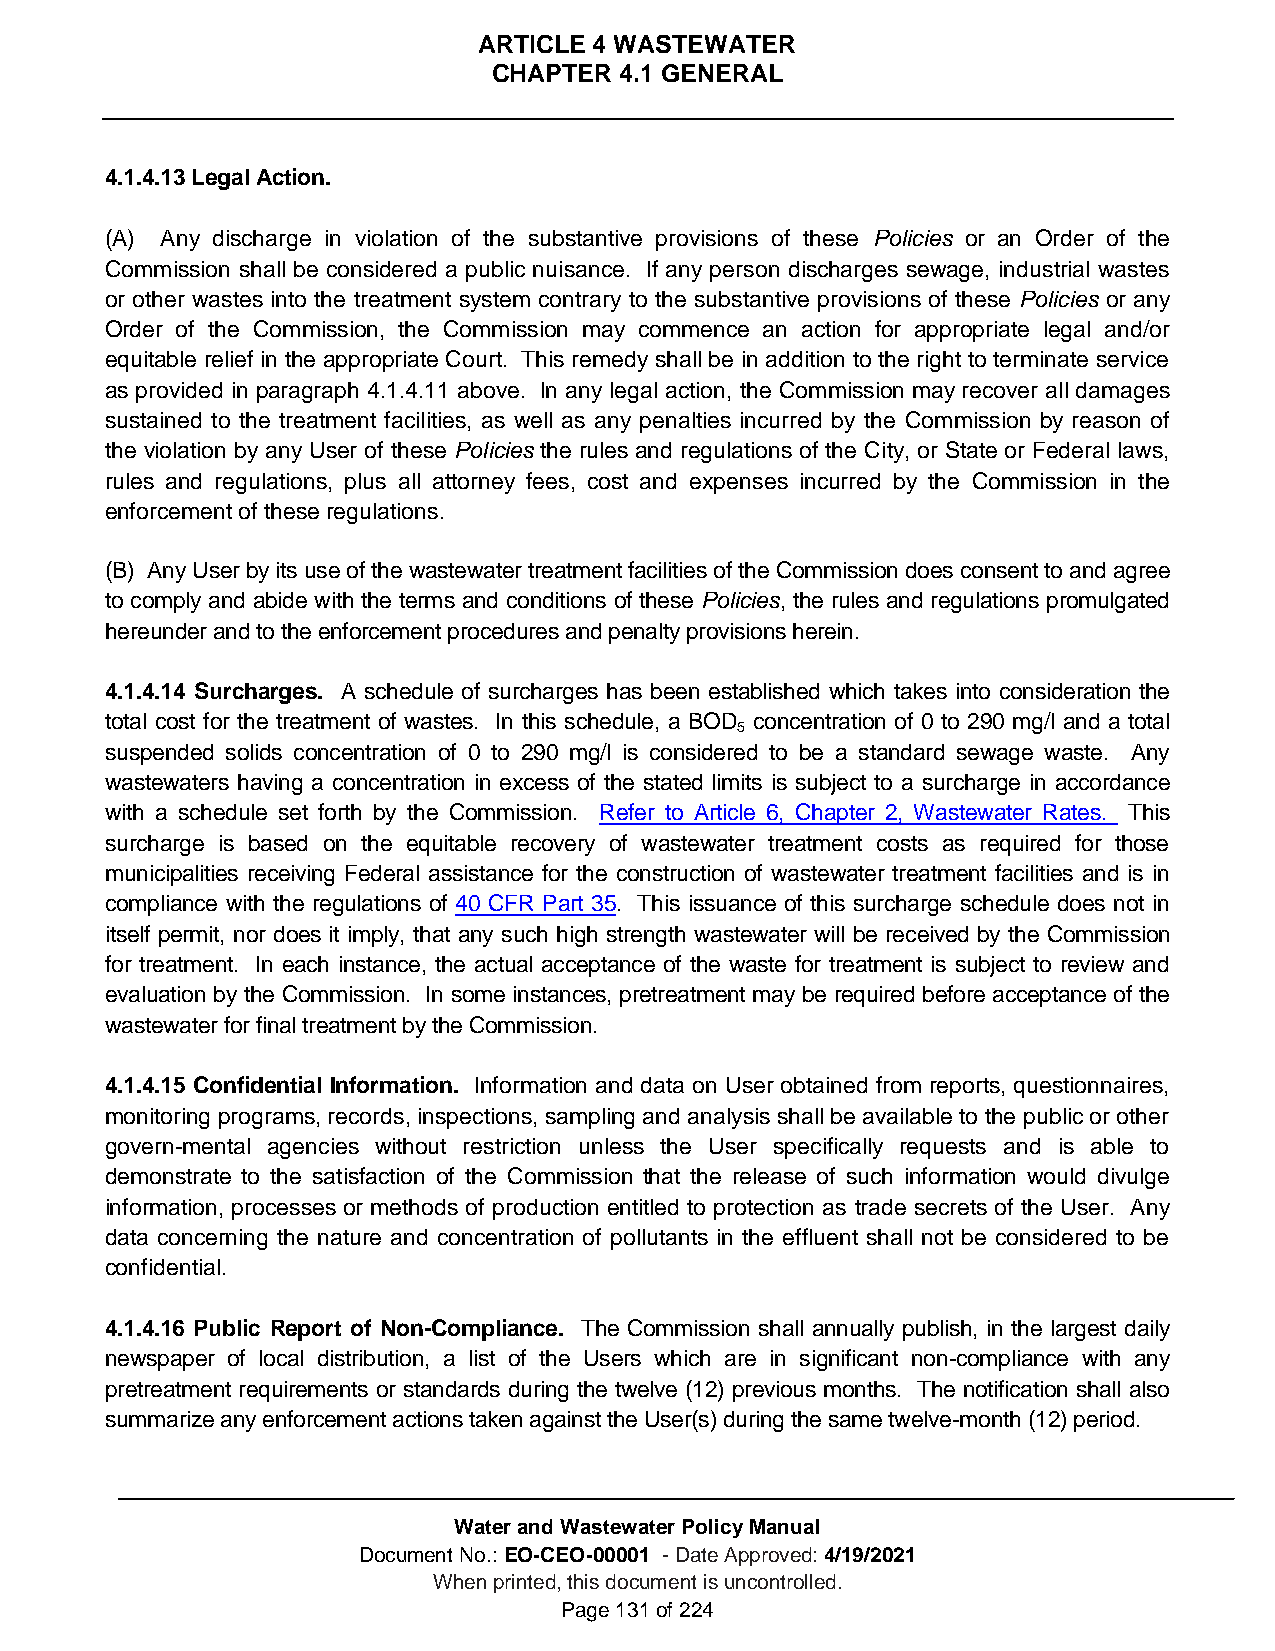
ARTICLE 4 WASTEWATER
 CHAPTER 4.1 GENERAL
 4.1.4.13 Legal Action.
 (A) Any discharge in violation of the substantive provisions of these Policies or an Order of the
 Commission shall be considered a public nuisance. If any person discharges sewage, industrial wastes
 or other wastes into the treatment system contrary to the substantive provisions of these Policies or any
 Order of the Commission, the Commission may commence an action for appropriate legal and/or
 equitable relief in the appropriate Court. This remedy shall be in addition to the right to terminate service
 as provided in paragraph 4.1.4.11 above. In any legal action, the Commission may recover all damages
 sustained to the treatment facilities, as well as any penalties incurred by the Commission by reason of
 the violation by any User of these Policies the rules and regulations of the City, or State or Federal laws,
 rules and regulations, plus all attorney fees, cost and expenses incurred by the Commission in the
 enforcement of these regulations.
 (B) Any User by its use of the wastewater treatment facilities of the Commission does consent to and agree
 to comply and abide with the terms and conditions of these Policies, the rules and regulations promulgated
 hereunder and to the enforcement procedures and penalty provisions herein.
 4.1.4.14 Surcharges. A schedule of surcharges has been established which takes into consideration the
 total cost for the treatment of wastes. In this schedule, a BOD concentration of 0 to 290 mg/l and a total
 5
 suspended solids concentration of 0 to 290 mg/l is considered to be a standard sewage waste. Any
 wastewaters having a concentration in excess of the stated limits is subject to a surcharge in accordance
 with a schedule set forth by the Commission. Refer to Article 6, Chapter 2, Wastewater Rates. This
 surcharge is based on the equitable recovery of wastewater treatment costs as required for those
 municipalities receiving Federal assistance for the construction of wastewater treatment facilities and is in
 compliance with the regulations of 40 CFR Part 35. This issuance of this surcharge schedule does not in
 itself permit, nor does it imply, that any such high strength wastewater will be received by the Commission
 for treatment. In each instance, the actual acceptance of the waste for treatment is subject to review and
 evaluation by the Commission. In some instances, pretreatment may be required before acceptance of the
 wastewater for final treatment by the Commission.
 4.1.4.15 Confidential Information. Information and data on User obtained from reports, questionnaires,
 monitoring programs, records, inspections, sampling and analysis shall be available to the public or other
 govern-mental agencies without restriction unless the User specifically requests and is able to
 demonstrate to the satisfaction of the Commission that the release of such information would divulge
 information, processes or methods of production entitled to protection as trade secrets of the User. Any
 data concerning the nature and concentration of pollutants in the effluent shall not be considered to be
 confidential.
 4.1.4.16 Public Report of Non-Compliance. The Commission shall annually publish, in the largest daily
 newspaper of local distribution, a list of the Users which are in significant non-compliance with any
 pretreatment requirements or standards during the twelve (12) previous months. The notification shall also
 summarize any enforcement actions taken against the User(s) during the same twelve-month (12) period.
 Water and Wastewater Policy Manual
 Document No.: EO-CEO-00001 - Date Approved: 4/19/2021
 When printed, this document is uncontrolled.
 Page 131 of 224